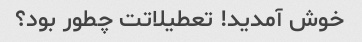
خوش آمدید! تعطیلاتت چطور بود؟